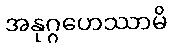
အနုဂ္ဂဟေဿာမိ